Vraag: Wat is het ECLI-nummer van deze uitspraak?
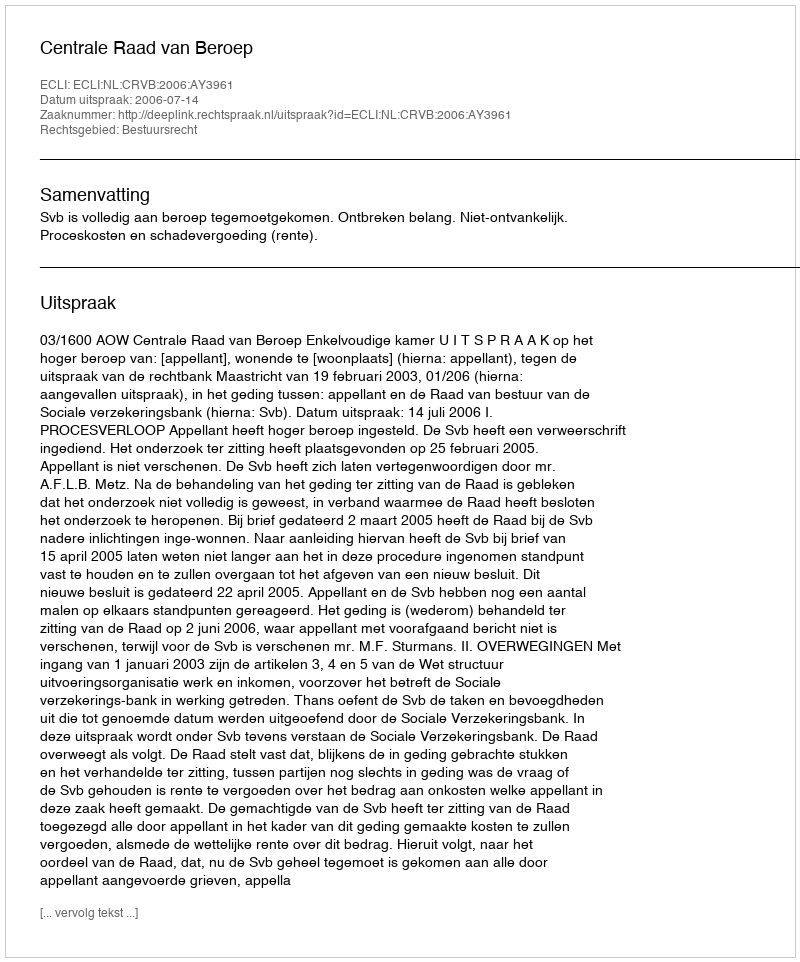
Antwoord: ECLI:NL:CRVB:2006:AY3961